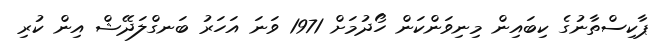
ޕާކިސްތާނުގެ ކިބައިން މިނިވަންކަން ހޯދުމަށް 1971 ވަނަ އަހަރު ބަނގްލަދޭޝް އިން ކުރި